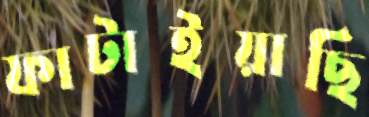
ফাটাইয়াছি